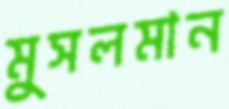
মুসলমান